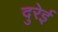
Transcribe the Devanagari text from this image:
दुरेई